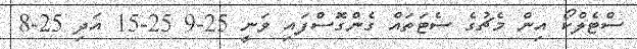
ސްޓެލްކޯ އިން މެޗުގެ ސެޓަތައް ގެންގޮސްފައި ވަނީ 25-9 25-15 އަދި 25-8